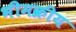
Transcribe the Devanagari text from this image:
भीमक्रीय